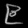
Digit: ၉